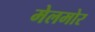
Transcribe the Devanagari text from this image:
मेलमोर